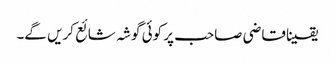
یقینا قاضی صاحب پر کوئی گوشہ شائع کریں گے۔